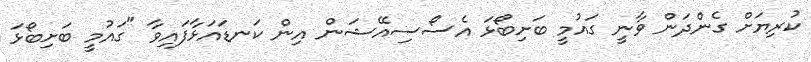
ކުރިޔަށް ގެންދަން ވާނީ ގައުމީ ބަށިބޯޅަ އެސޯސިއޭޝަން އިން ކަނޑައަޅާފައިވާ "ގައުމީ ބަށިބޯޅަ